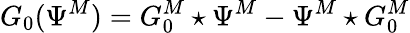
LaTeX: G_{0}(\Psi^{M})=G_{0}^{M}\star\Psi^{M}-\Psi^{M}\star G_{0}^{M}